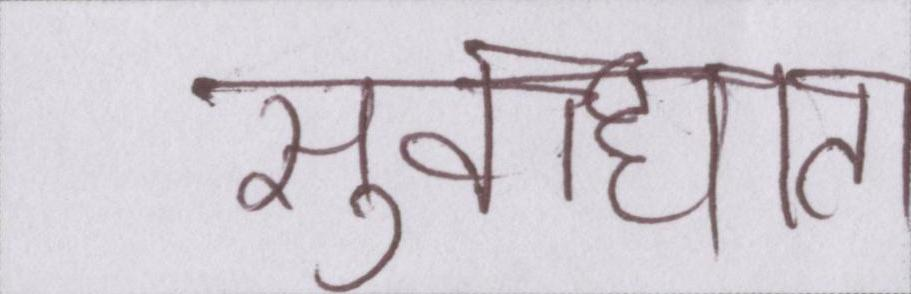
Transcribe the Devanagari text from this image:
सुवाह्यता